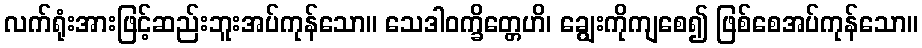
လက်ရုံးအားဖြင့်ဆည်းဘူးအပ်ကုန်သော။ သေဒါဝက္ခိတ္တေဟိ၊ ချွေးကိုကျစေ၍ ဖြစ်စေအပ်ကုန်သော။